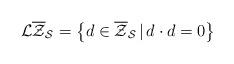
LaTeX: \begin{align*}\mathcal{L}\overline{\mathcal{Z}}_{\mathcal{S}}=\big\{d\in\overline{\mathcal{Z}}_{\mathcal{S}}\,\vert\, d\cdot d=0\big\}\end{align*}